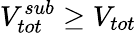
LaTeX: V_{tot}^{sub}\geq V_{tot}